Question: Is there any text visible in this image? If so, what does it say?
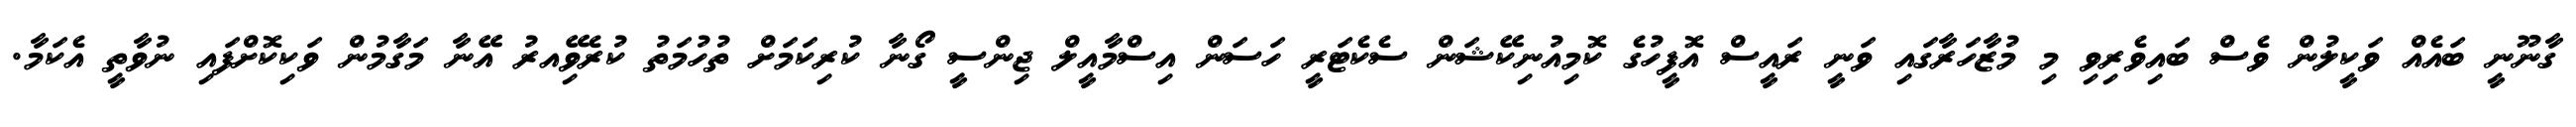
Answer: ގާނޫނީ ބައެއް ވަކީލުން ވެސް ބައިވެރިވި މި މުޒާހަރާގައި ވަނީ ރައީސް އޮފީހުގެ ކޮމިއުނިކޭޝަން ސެކެޓަރީ ހަސަން އިސްމާއީލް ޖިންސީ ގޯނާ ކުރިކަމަށް ތުހުމަތު ކުރެވޭިއރު އޭނާ މަގާމުން ވަކިކޮށްފައި ނުވާތީ އެކަމާ.